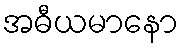
အဓီယမာနော